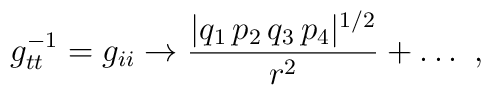
g_{tt}^{-1} = g_{ii} \rightarrow { |q_1\, p_2\,q_3\, p_4|^{1/2} \over r ^2 }+ \dots \ ,